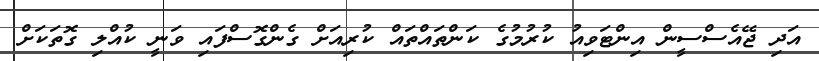
އަދި ޖޭއެސްސީން އިންޓަވިއު ކުރުމުގެ ކަންތައްތައް ކުރިއަށް ގެންގޮސްފައި ވަނީ ކުއްލި ގޮތަކަށް